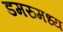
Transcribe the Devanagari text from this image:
डमरुमध्य